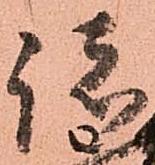
諸